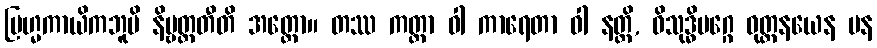
ဗြဟ္မကာယိကဘူမိ နိဗ္ဗတ္တတီတိ အတ္ထော။ တဿ ကတ္တာ ဝါ ကာရေတာ ဝါ နတ္ထိ, ဝိသုဒ္ဓိမဂ္ဂေ ဝုတ္တနယေန ပန